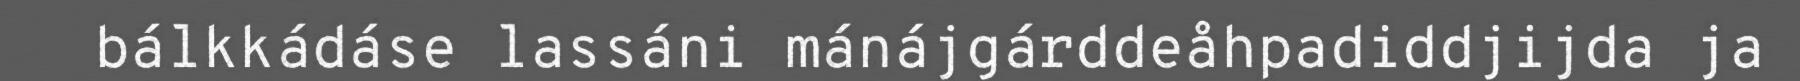
bálkkádáse lassáni mánájgárddeåhpadiddjijda ja